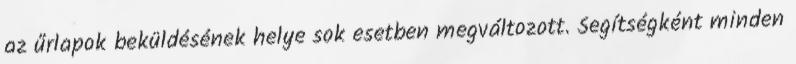
az űrlapok beküldésének helye sok esetben megváltozott. Segítségként minden